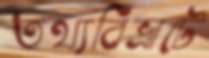
তথ্যবিভ্রাটে